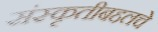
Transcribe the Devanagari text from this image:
संस्कृतीबद्दलचे